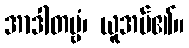
အာဒါတဗ္ဗံ၊ ယူအပ်၏။